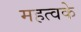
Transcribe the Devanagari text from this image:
महत्वके